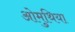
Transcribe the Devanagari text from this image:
ओमुथिया